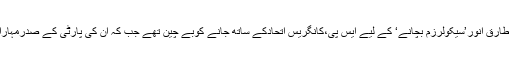
دلچسپ بات یہ ہے کہ این سی پی کے جنرل سکریٹری طارق انور’سیکولرزم بچانے‘ کے لیے ایس پی،کانگریس اتحادکے ساتھ جانے کوبے چین تھے جب کہ ان کی پارٹی کے صدرمہاراشٹرمیں بی جے پی کی سرکاربچانے کے لیے تیارہیں۔